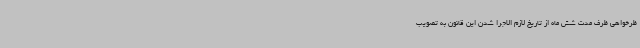
ظرخواهی ظرف مدت شش ماه از تاریخ لازم الاجرا شدن این قانون به تصویب